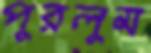
পুরলুম